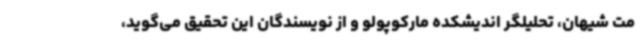
مت شیهان، تحلیلگر اندیشکده مارکوپولو و از نویسندگان این تحقیق می‌گوید،